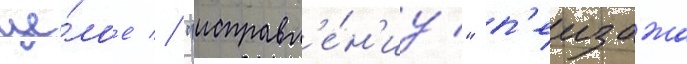
це́лое // "исправл'е́н'иу" п'еизажа